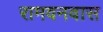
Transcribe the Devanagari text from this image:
रामवनवास